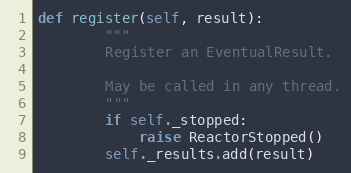
Language: Python
def register(self, result):
        """
        Register an EventualResult.

        May be called in any thread.
        """
        if self._stopped:
            raise ReactorStopped()
        self._results.add(result)